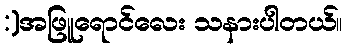
:)အဖြူရောင်လေး သနားပါတယ်။